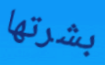
بشرتها